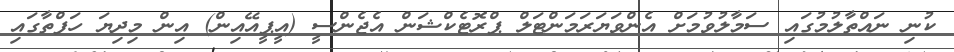
ކުނި ނައްތާލުމުގައި ސަމާލުވުމަށް އެންވަޔަރަމަންޓަލް ޕްރޮޓެކްޝަން އެޖެންސީ (އީޕީއޭއިން) އިން މިދިޔަ ހަފްތާގައި